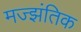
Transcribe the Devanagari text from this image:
मज्झंतिक